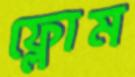
ফ্লোম